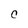
Character: C